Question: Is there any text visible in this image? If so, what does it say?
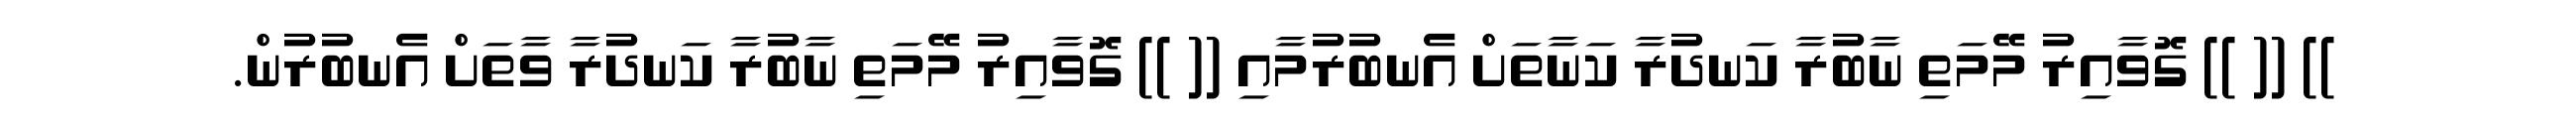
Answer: )) (( )) ގޮވާއިރު މޭމަތި ނާބުރާ ކަނދުރާ ކަނާތަށް އެނބުރުމާއި (( )) ގޮވާއިރު މޭމަތި ނާބުރާ ކަނދުރާ ވާތަށް އެނބުރުން.